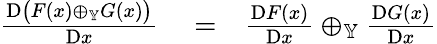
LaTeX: \begin{array}{rlr}{\frac{\mathrm{D}\big(F(x)\oplus_{\mathbb{Y}}G(x)\big)}{\mathrm{D}x}}&{{}=}&{\frac{\mathrm{D}F(x)}{\mathrm{D}x}\oplus_{\mathbb{Y}}\frac{\mathrm{D}G(x)}{\mathrm{D}x}}\end{array}